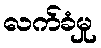
လက်ခံမှု